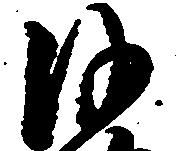
沙